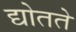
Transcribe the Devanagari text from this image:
द्योतते